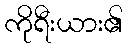
ကိုရီးယား၏